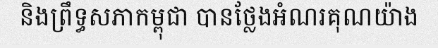
និងព្រឹទ្ធសភាកម្ពុជា បានថ្លែងអំណរគុណយ៉ាង